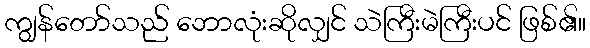
ကျွန်တော်သည် ဘောလုံးဆိုလျှင် သဲကြီးမဲကြီးပင် ဖြစ်၏။